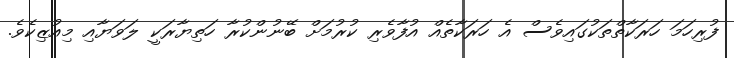
ފުރިހަމަ ހަރަކާތްތަކުގައިވެސް އެ ހަރަކާތެއް އުފާވެރި ކުރުމަށް ބޭނުންކުރާ ހަތިޔާރަކީ ލަވަޔާއި މިއުޒިކެވެ.